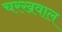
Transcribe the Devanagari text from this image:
चरखवाल